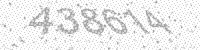
Solution: 438614